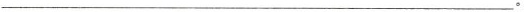
___。